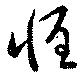
惶